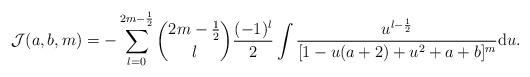
LaTeX: \begin{align*}\mathcal{J}(a, b, m) = - \sum_{l = 0}^{2m - \frac{1}{2}} \binom{2m - \frac{1}{2}}{l} \frac{(-1)^{l}}{2} \int \frac{u^{l - \frac{1}{2}}}{[1 - u(a+2) + u^{2} + a + b]^{m}} {\rm d}u. \end{align*}